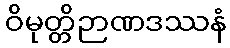
ဝိမုတ္တိဉာဏဒဿနံ